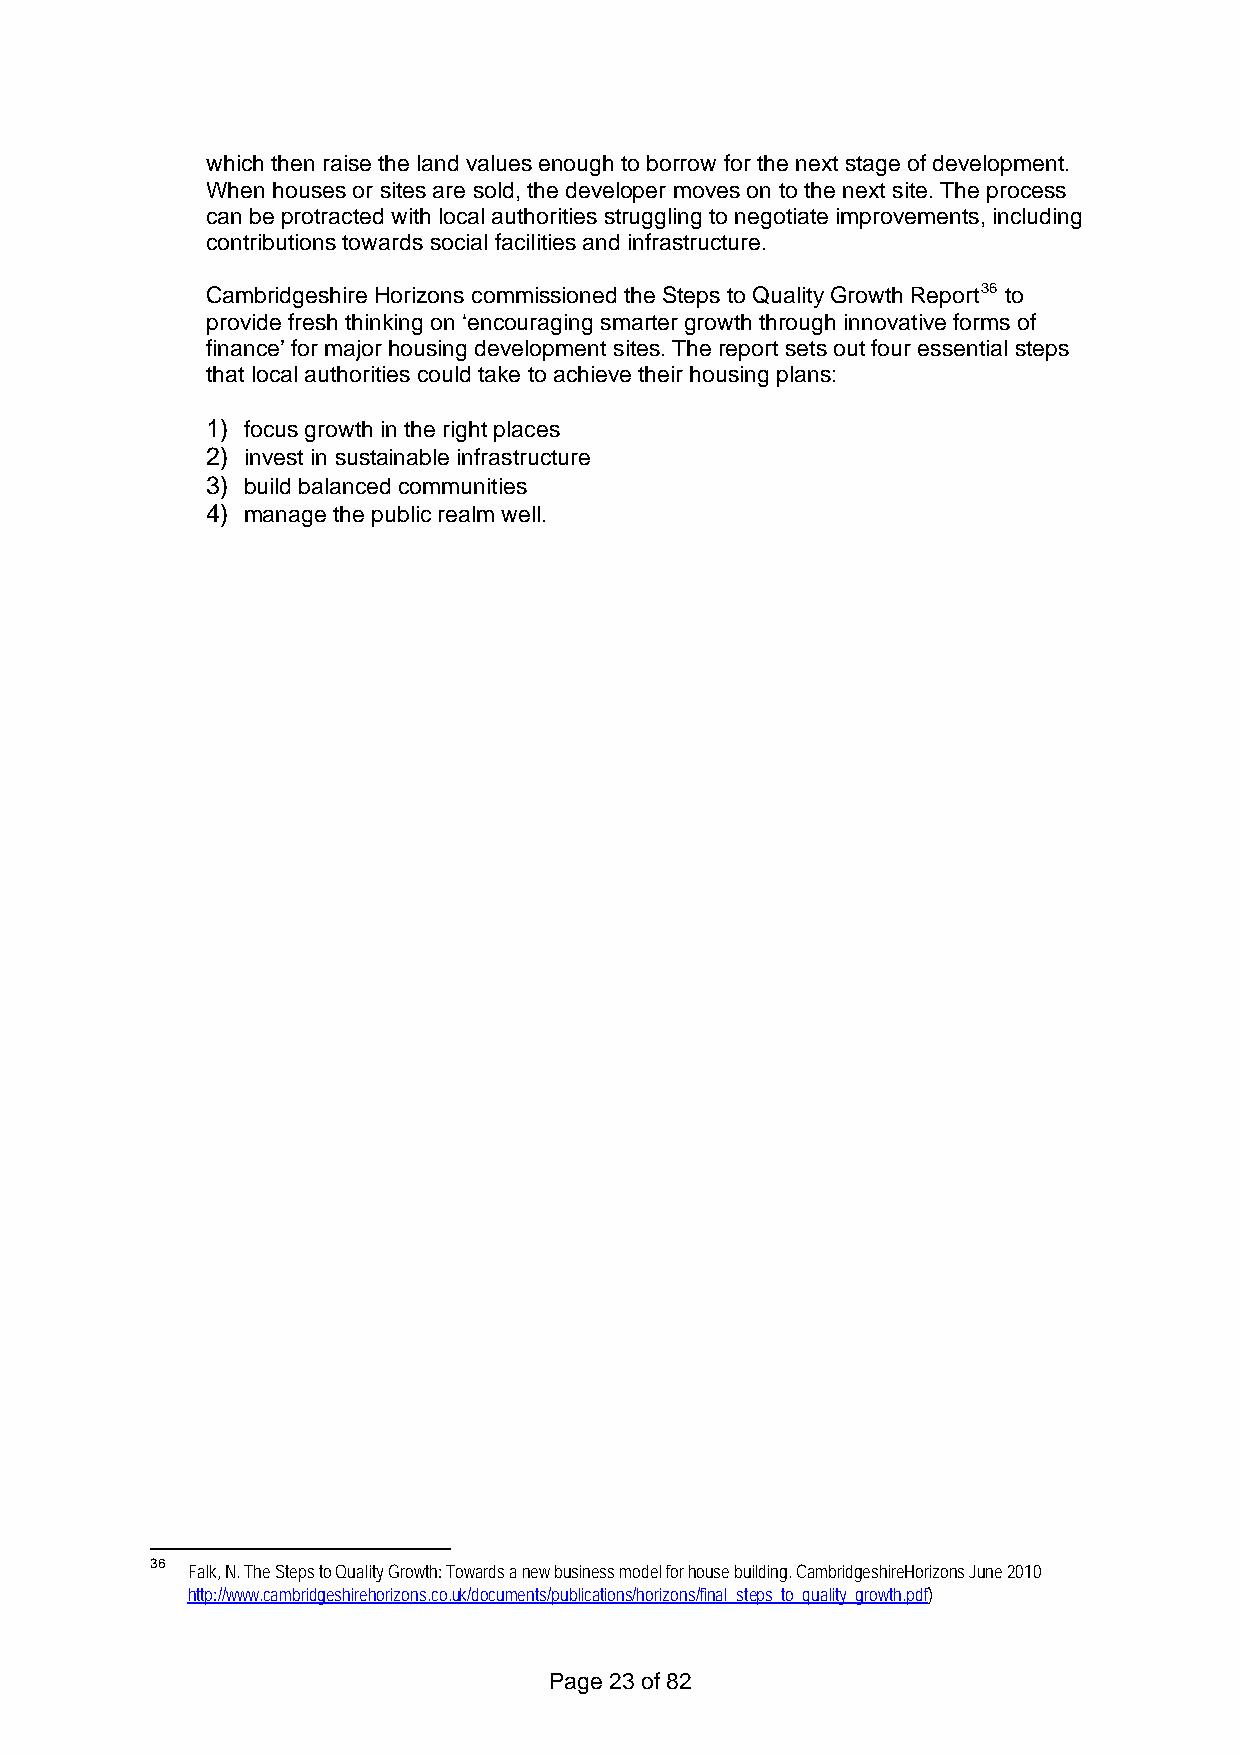
which then raise the land values enough to borrow for the next stage of development.
 When houses or sites are sold, the developer moves on to the next site. The process
 can be protracted with local authorities struggling to negotiate improvements, including
 contributions towards social facilities and infrastructure.
 Cambridgeshire Horizons commissioned the Steps to Quality Growth Report36 to
 provide fresh thinking on ‘encouraging smarter growth through innovative forms of
 finance’ for major housing development sites. The report sets out four essential steps
 that local authorities could take to achieve their housing plans:
 1) focus growth in the right places
 2) invest in sustainable infrastructure
 3) build balanced communities
 4) manage the public realm well.
 36 Falk, N. The Steps to Quality Growth: Towards a new business model for house building. CambridgeshireHorizons June 2010
 http://www.cambridgeshirehorizons.co.uk/documents/publications/horizons/final_steps_to_quality_growth.pdf)
 Page 23 of 82